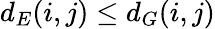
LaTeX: d_{E}(i,j)\leq d_{G}(i,j)